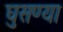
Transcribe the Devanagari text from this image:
घुसण्या